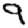
Digit: 9